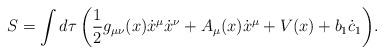
LaTeX: \begin{align*}S=\int{d\tau\left(\frac{1}{2}g_{\mu\nu}(x)\dot{x}^{\mu}\dot{x}^{\nu} + A_{\mu}(x)\dot{x}^{\mu} + V(x) + b_1\dot{c}_1\right)}.\end{align*}